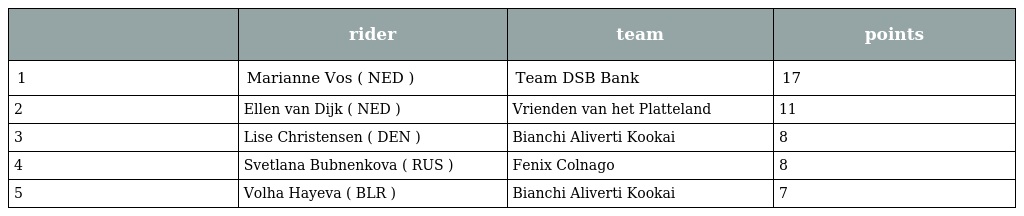
|  | rider | team | points |
 | --- | --- | --- | --- |
 | 1 | Marianne Vos ( NED ) | Team DSB Bank | 17 |
 | 2 | Ellen van Dijk ( NED ) | Vrienden van het Platteland | 11 |
 | 3 | Lise Christensen ( DEN ) | Bianchi Aliverti Kookai | 8 |
 | 4 | Svetlana Bubnenkova ( RUS ) | Fenix Colnago | 8 |
 | 5 | Volha Hayeva ( BLR ) | Bianchi Aliverti Kookai | 7 |